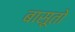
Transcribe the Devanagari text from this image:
बासूतो